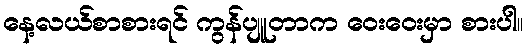
နေ့လယ်စာစားရင် ကွန်ပျူတာက ဝေးဝေးမှာ စားပါ။